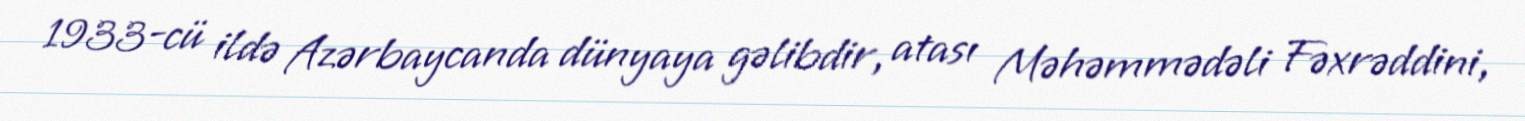
1933-cü ildə Azərbaycanda dünyaya gəlibdir, atası Məhəmmədəli Fəxrəddini,